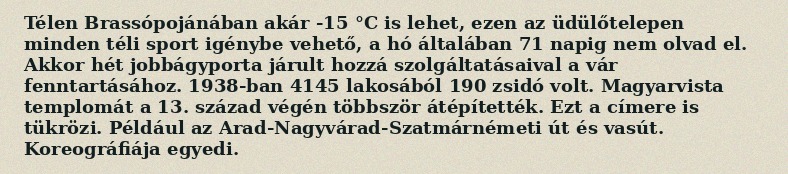
Télen Brassópojánában akár -15 °C is lehet, ezen az üdülőtelepen minden téli sport igénybe vehető, a hó általában 71 napig nem olvad el. Akkor hét jobbágyporta járult hozzá szolgáltatásaival a vár fenntartásához. 1938-ban 4145 lakosából 190 zsidó volt. Magyarvista templomát a 13. század végén többször átépítették. Ezt a címere is tükrözi. Például az Arad-Nagyvárad-Szatmárnémeti út és vasút. Koreográfiája egyedi.